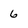
Character: 6